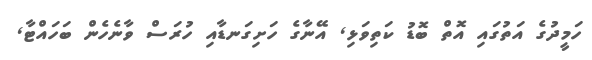
ހަމީދުގެ އަތުގައި އޮތް ބޮޑު ކަތިވަޅި